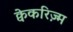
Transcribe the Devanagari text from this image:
क्वेकरिज़्म